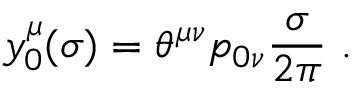
y _ { 0 } ^ { \mu } ( \sigma ) = \theta ^ { \mu \nu } p _ { 0 \nu } \frac { \sigma } { 2 \pi } ~ .